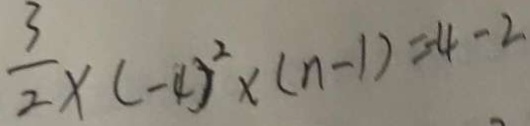
\frac { 3 } { 2 } \times ( - 4 ) ^ { 2 } \times ( n - 1 ) = - 4 - 2